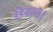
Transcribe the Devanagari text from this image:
डियास।